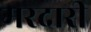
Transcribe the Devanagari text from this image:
मरदारी